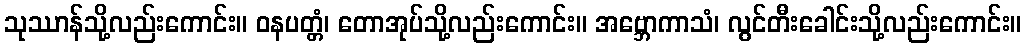
သုဿာန်သို့လည်းကောင်း။ ဝနပတ္တံ၊ တောအုပ်သို့လည်းကောင်း။ အဗ္ဘောကာသံ၊ လွင်တီးခေါင်းသို့လည်းကောင်း။